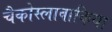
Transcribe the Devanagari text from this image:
चैकोस्लावाकिया